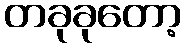
တခုခုတော့